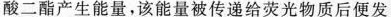
酸二酯产生能量，该能量被传递给荧光物质后便发